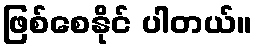
ဖြစ်စေနိုင် ပါတယ်။